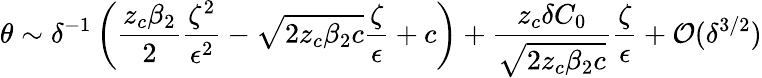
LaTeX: \theta\sim\delta^{-1}\left(\frac{z_{c}\beta_{2}}{2}\frac{\zeta^{2}}{\epsilon^{2}}-\sqrt{2z_{c}\beta_{2}c}\frac{\zeta}{\epsilon}+c\right)+\frac{z_{c}\delta C_{0}}{\sqrt{2z_{c}\beta_{2}c}}\frac{\zeta}{\epsilon}+\mathcal{O}(\delta^{3/2})